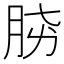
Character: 𣍫